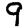
Digit: 9